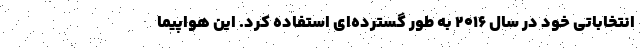
انتخاباتی خود در سال ۲۰۱۶ به طور گسترده‌ای استفاده کرد. این هواپیما